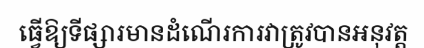
ធ្វើឱ្យទីផ្សារមានដំណើរការវាត្រូវបានអនុវត្ត